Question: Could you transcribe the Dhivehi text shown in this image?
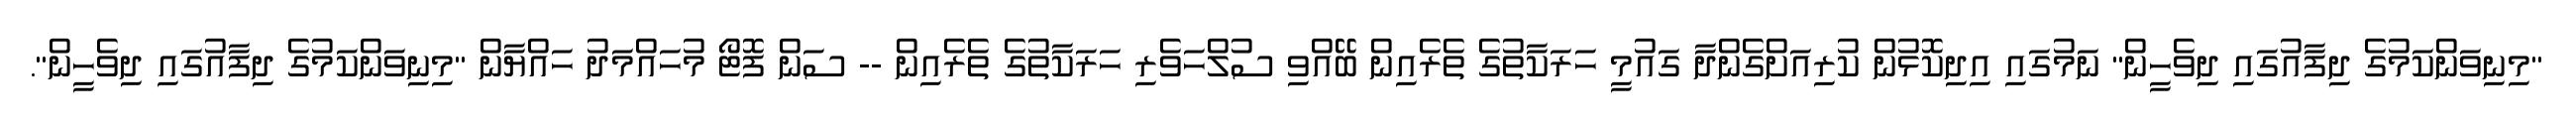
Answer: "މިނިވަންކަމުގެ ދިފާއުގައި ދިވެހީން" ނަމުގައި އިދިކޮޅުން ކުރިއަށްގެންދާ ގައުމީ ހަރަކާތުގެ ތެރެއިން ބޭއްވި ސުލްހަވެރި ހަރަކާތުގެ ތެރެއިން -- ސަން ފޮޓޯ މުހައްމަދު ހައްޔާން "މިނިވަންކަމުގެ ދިފާއުގައި ދިވެހީން".